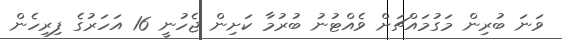
ވަނަ ބުރިން މަގުމައްޗަށް ވެއްޓުނު ބުރުމާ ކަށިން ޖެހުނީ 16 އަހަރުގެ ފިރިހެން